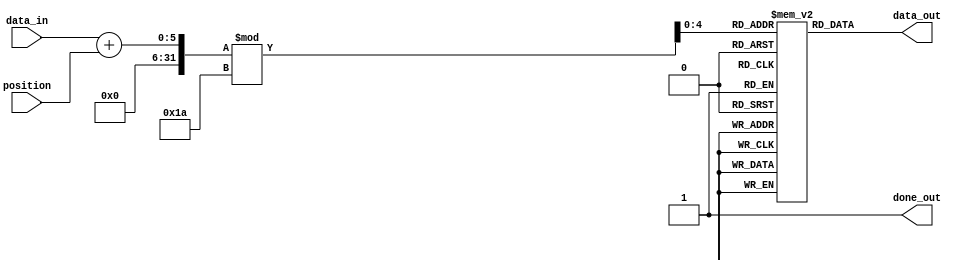
`timescale 1ns / 1ps
//////////////////////////////////////////////////////////////////////////////////
// Design Name: rotor2_rev
// Module Name: rotor2_rev
// Project Name: ENIGMA551
//////////////////////////////////////////////////////////////////////////////////


module rotor2_reverse(
    input [4:0] data_in,
    input [4:0] position,
    output reg [4:0] data_out,
    output reg done_out
);

reg [4:0] reverse_mapping[0:25];
reg [4:0] sum;

initial begin
    done_out = 0;
    reverse_mapping[7] = 5'd0;   // HA
    reverse_mapping[0] = 5'd1;   // AB
    reverse_mapping[14] = 5'd2;  // OC
    reverse_mapping[2] = 5'd3;   // CD
    reverse_mapping[9] = 5'd4;   // JE
    reverse_mapping[21] = 5'd5;  // VF
    reverse_mapping[5] = 5'd6;   // FG
    reverse_mapping[23] = 5'd7;  // XH
    reverse_mapping[1] = 5'd8;   // BI
    reverse_mapping[19] = 5'd9;  // TJ
    reverse_mapping[11] = 5'd10; // LK
    reverse_mapping[4] = 5'd11;  // EL
    reverse_mapping[24] = 5'd12; // YM
    reverse_mapping[22] = 5'd13; // WN
    reverse_mapping[25] = 5'd14; // ZO
    reverse_mapping[13] = 5'd15; // NP
    reverse_mapping[8] = 5'd16;  // IQ
    reverse_mapping[6] = 5'd17;  // GR
    reverse_mapping[18] = 5'd18; // SS
    reverse_mapping[3] = 5'd19;  // DT
    reverse_mapping[16] = 5'd20; // QU
    reverse_mapping[15] = 5'd21; // PV
    reverse_mapping[20] = 5'd22; // UW
    reverse_mapping[12] = 5'd23; // MX
    reverse_mapping[10] = 5'd24; // KY
    reverse_mapping[17] = 5'd25; // RZ
end



always @(data_in or position) 
begin
    done_out <= 0;
    sum = (data_in + position) % 26;
    data_out <= reverse_mapping[sum];
    done_out <= 1;
end

endmodule